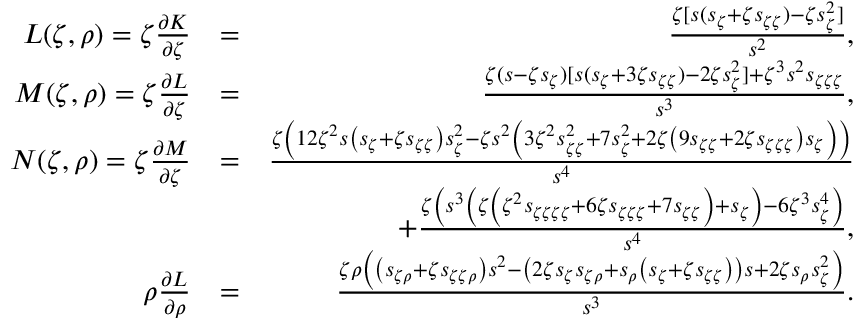
\begin{array} { r l r } { L ( \zeta , \rho ) = \zeta \frac { \partial K } { \partial \zeta } } & { = } & { \frac { \zeta [ s ( s _ { \zeta } + \zeta s _ { \zeta \zeta } ) - \zeta s _ { \zeta } ^ { 2 } ] } { s ^ { 2 } } , } \\ { M ( \zeta , \rho ) = \zeta \frac { \partial L } { \partial \zeta } } & { = } & { \frac { \zeta ( s - \zeta s _ { \zeta } ) [ s ( s _ { \zeta } + 3 \zeta s _ { \zeta \zeta } ) - 2 \zeta s _ { \zeta } ^ { 2 } ] + \zeta ^ { 3 } s ^ { 2 } s _ { \zeta \zeta \zeta } } { s ^ { 3 } } , } \\ { N ( \zeta , \rho ) = \zeta \frac { \partial M } { \partial \zeta } } & { = } & { \frac { \zeta \left( 1 2 \zeta ^ { 2 } s \left( s _ { \zeta } + \zeta s _ { \zeta \zeta } \right) s _ { \zeta } ^ { 2 } - \zeta s ^ { 2 } \left( 3 \zeta ^ { 2 } s _ { \zeta \zeta } ^ { 2 } + 7 s _ { \zeta } ^ { 2 } + 2 \zeta \left( 9 s _ { \zeta \zeta } + 2 \zeta s _ { \zeta \zeta \zeta } \right) s _ { \zeta } \right) \right) } { s ^ { 4 } } } \\ & { } & { + \frac { \zeta \left( s ^ { 3 } \left( \zeta \left( \zeta ^ { 2 } s _ { \zeta \zeta \zeta \zeta } + 6 \zeta s _ { \zeta \zeta \zeta } + 7 s _ { \zeta \zeta } \right) + s _ { \zeta } \right) - 6 \zeta ^ { 3 } s _ { \zeta } ^ { 4 } \right) } { s ^ { 4 } } , } \\ { \rho \frac { \partial L } { \partial \rho } } & { = } & { \frac { \zeta \rho \left( \left( s _ { \zeta \rho } + \zeta s _ { \zeta \zeta \rho } \right) s ^ { 2 } - \left( 2 \zeta s _ { \zeta } s _ { \zeta \rho } + s _ { \rho } \left( s _ { \zeta } + \zeta s _ { \zeta \zeta } \right) \right) s + 2 \zeta s _ { \rho } s _ { \zeta } ^ { 2 } \right) } { s ^ { 3 } } . } \end{array}